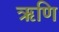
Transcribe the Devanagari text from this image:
ऋणि